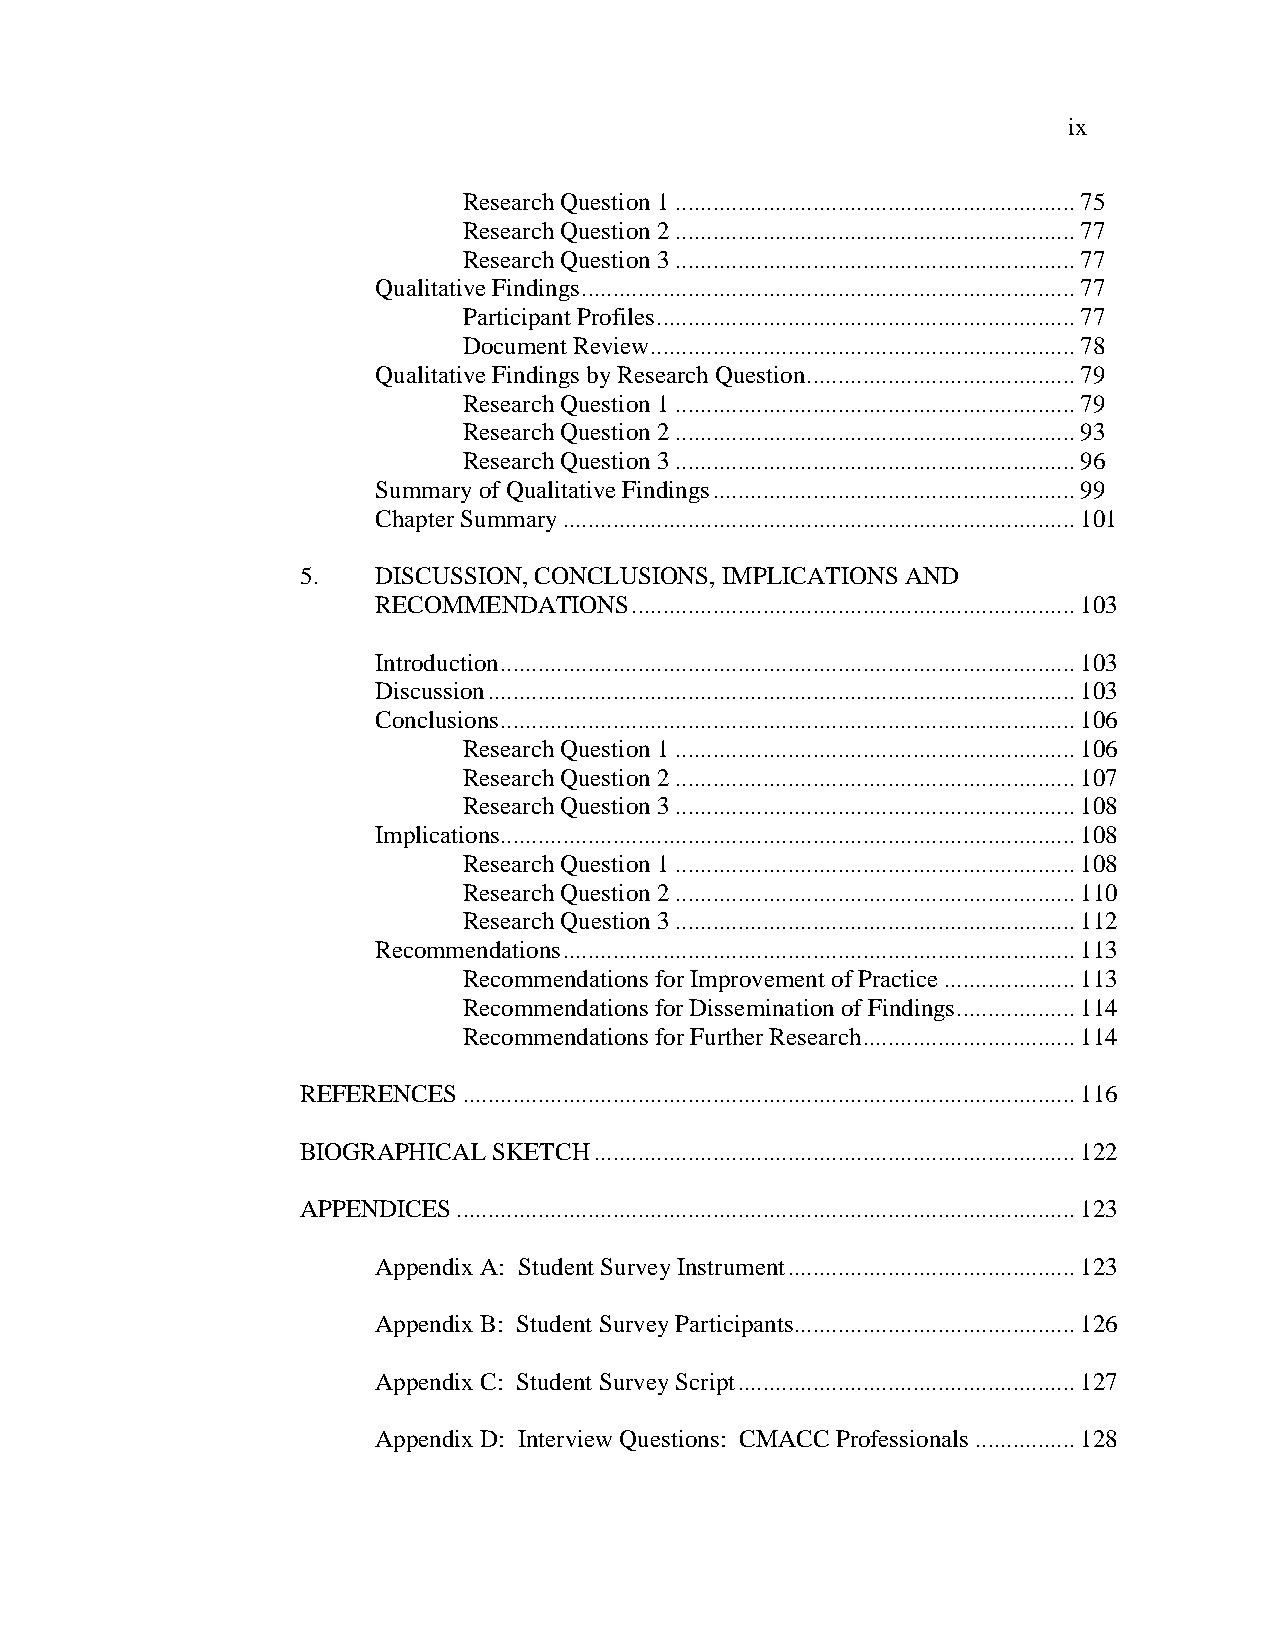
ix
 Research Question 1 ................................................................ 75
 Research Question 2 ................................................................ 77
 Research Question 3 ................................................................ 77
 Qualitative Findings ............................................................................... 77
 Participant Profiles ................................................................... 77
 Document Review .................................................................... 78
 Qualitative Findings by Research Question ........................................... 79
 Research Question 1 ................................................................ 79
 Research Question 2 ................................................................ 93
 Research Question 3 ................................................................ 96
 Summary of Qualitative Findings .......................................................... 99
 Chapter Summary .................................................................................. 101
 5.   DISCUSSION, CONCLUSIONS, IMPLICATIONS AND
 RECOMMENDATIONS  ....................................................................... 103
 Introduction ............................................................................................ 103
 Discussion .............................................................................................. 103
 Conclusions ............................................................................................ 106
 Research Question 1 ................................................................ 106
 Research Question 2 ................................................................ 107
 Research Question 3 ................................................................ 108
 Implications............................................................................................ 108
 Research Question 1 ................................................................ 108
 Research Question 2 ................................................................ 110
 Research Question 3 ................................................................ 112
 Recommendations .................................................................................. 113
 Recommendations for Improvement of Practice ..................... 113
 Recommendations for Dissemination of Findings ................... 114
 Recommendations for Further Research .................................. 114
 REFERENCES .................................................................................................. 116
 BIOGRAPHICAL SKETCH ............................................................................. 122
 APPENDICES ................................................................................................... 123
 Appendix A: Student Survey Instrument .............................................. 123
 Appendix B: Student Survey Participants............................................. 126
 Appendix C: Student Survey Script ...................................................... 127
 Appendix D: Interview Questions: CMACC Professionals ................ 128